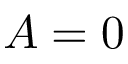
A = 0